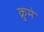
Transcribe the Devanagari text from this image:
क्रुमे